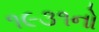
૧૯૩૧નો